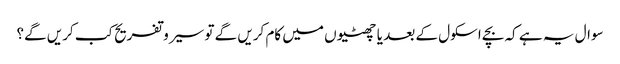
سوال یہ ہے کہ بچے اسکول کے بعد یا چھٹیوں میں کام کریں گے تو سیرو تفریح کب کریں گے؟